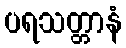
ပရသတ္တာနံ